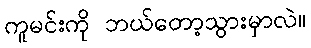
ကူမင်းကို ဘယ်တော့သွားမှာလဲ။